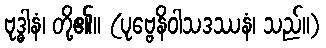
ဗုဒ္ဓါနံ၊ တို့၏။ (ပုဗ္ဗေနိဝါသဒဿနံ၊ သည်။)